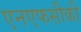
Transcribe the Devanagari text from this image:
एनएफसीकी